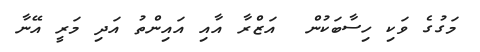
މަގުގެ ވަކި ހިސާބަކުން  އަޒްރާ އާއި އައިންތު އަދި މަރީ އޭނާ